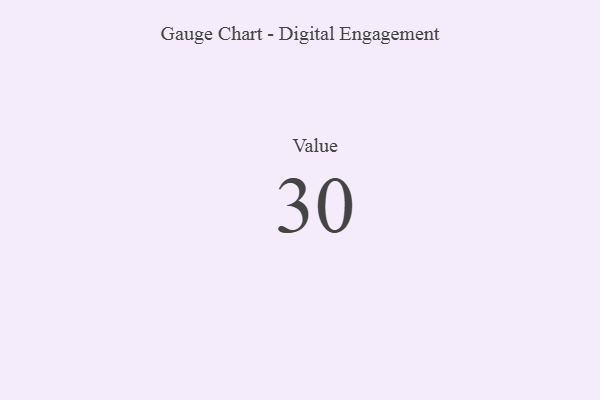
{"axis": {"x": "Metric", "y": "Value"}, "legend": [""], "data": [{"x": "Value", "y": 30, "type": ""}]}